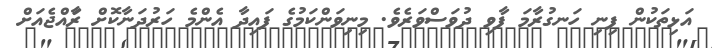
އަޅިތަކުން ފިނި ހަނގުރާމަ ފާވި ދުވަސްވަރެވެ. މިނިވަންކަމުގެ ފައިދާ އެންމެ ހަރުދަނާކޮށް ރަާއްޖެއަށް